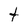
Character: t